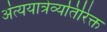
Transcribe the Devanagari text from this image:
अंत्ययात्रेव्यतिरिक्त